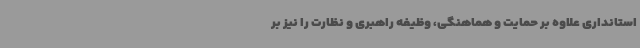
استانداری علاوه بر حمایت و هماهنگی، وظیفه راهبری و نظارت را نیز بر